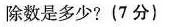
除数是多少?(7分)